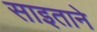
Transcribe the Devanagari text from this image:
साइताने